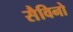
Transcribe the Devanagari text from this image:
सैविनो